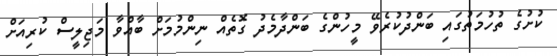
ކުށުގެ ތުހުމަތުގައި ބަންދުކުރެވޭ މީހުންގެ ބަންދާމެދު ގޮތެއް ނިންމުމަށް ބާއްވާ މަޖިލީސް ކުރިއަށް